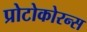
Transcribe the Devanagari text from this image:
प्रोटोकोरन्स